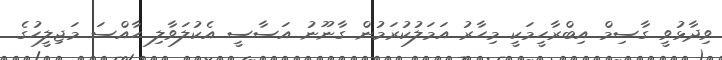
ވިދާޅުވީ ގާސިމް އިބްރާހީމަކީ މިހާރު އަމަލުކުރަމުން ގާނޫނު އަސާސީ އެކުލަވާލި ހާއްސަ މަޖިލީހުގެ